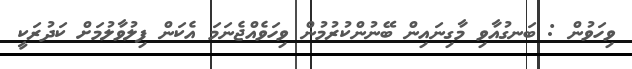
ވިހަވުން : ބަނގުއާވި މާގިނައިން ބޭނުންކުރުމުން ވިހަވެއްޖެނަމަ އެކަން ފިލުވާލުމަށް ކަދުރަކީ